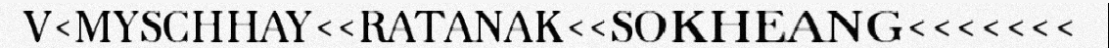
V<MYSCHHAY<<RATANAK<<SOKHEANG<<<<<<<